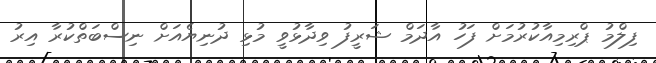
ފިލްމު ޕްރިމިއާކުރުމަށް ފަހު އާދަމް ޝަރީފު ވިދާޅުވީ މުޅި ދުނިޔެއަށް ނިސްބަތްކުރާ އިރު